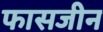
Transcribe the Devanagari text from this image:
फासजीन